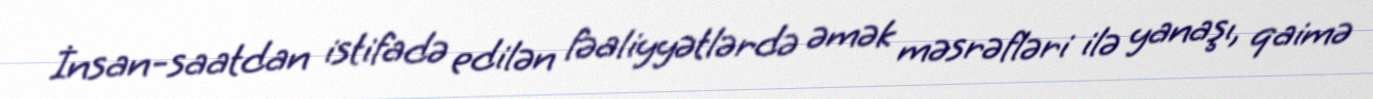
İnsan-saatdan istifadə edilən fəaliyyətlərdə əmək məsrəfləri ilə yanaşı, qaimə